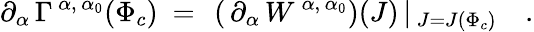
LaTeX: \partial_{\alpha}\, \Gamma^{\, \alpha,\, \alpha_{0}}(\Phi_{c})\ =\ \left(\, \partial_{\alpha}\, W^{\, \alpha,\, \alpha_{0}}\right)(J)\, \vert_{\, J=J(\Phi_{c})}\quad.